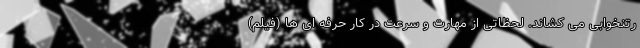
رتنخوابی می کشاند. لحظاتی از مهارت و سرعت در کار حرفه ای ها (فیلم)